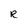
Character: R